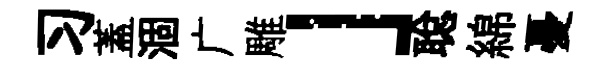
习蓋涸广雕」聪綿憂